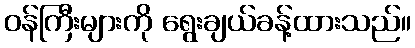
ဝန်ကြီးများကို ရွေးချယ်ခန့်ထားသည်။